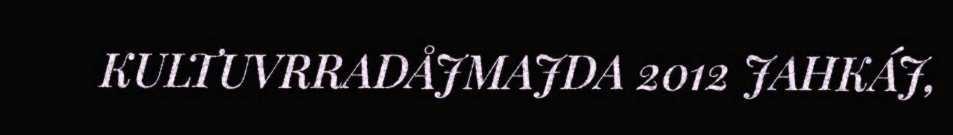
KULTUVRRADÅJMAJDA 2012 JAHKÁJ,